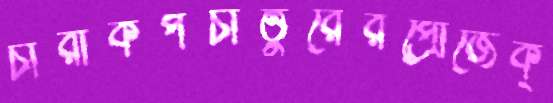
চারাকপঁচাত্তুরেরপ্রোজেক্